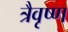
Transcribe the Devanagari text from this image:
त्रैवृष्ण